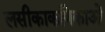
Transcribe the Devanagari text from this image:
लसीकाकणिकाओं